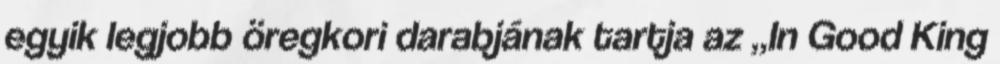
egyik legjobb öregkori darabjának tartja az „In Good King